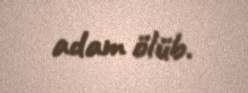
adam ölüb.